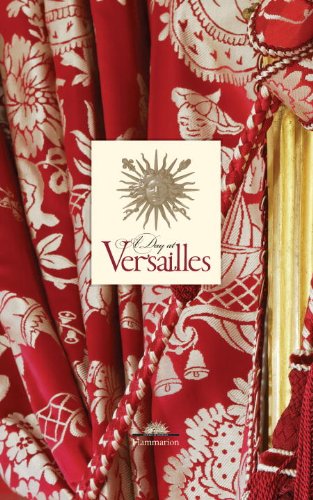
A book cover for A Day at Versailles; Yves Carlier; Arts & Photography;